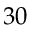
3 0